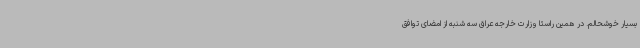
بسیار خوشحالم. در همین راستا وزارت خارجه عراق سه شنبه از امضای توافق